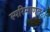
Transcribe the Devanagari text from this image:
स्परिमाणतः।